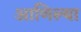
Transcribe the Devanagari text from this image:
आणिल्या